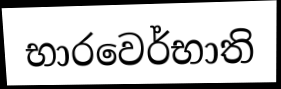
භාරවෙර්භාති